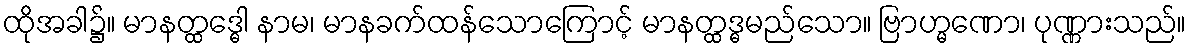
ထိုအခါ၌။ မာနတ္ထဒ္ဓေါ နာမ၊ မာနခက်ထန်သောကြောင့် မာနတ္ထဒ္ဓမည်သော။ ဗြာဟ္မဏော၊ ပုဏ္ဏားသည်။